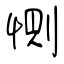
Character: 惻